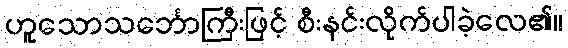
ဟူသောသင်္ဘောကြီးဖြင့် စီးနင်းလိုက်ပါခဲ့လေ၏။